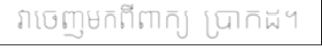
វាចេញមកពីពាក្យ ប្រាកដ។